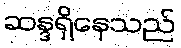
ဆန္ဒရှိနေသည်